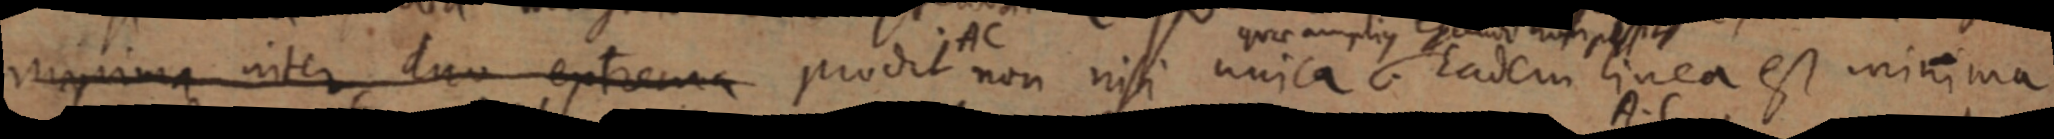
minima inter duo extrema prodit AC non nisi unica. Eadem linea est minima